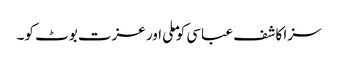
سزا کاشف عباسی کو ملی اور عزت بوٹ کو۔